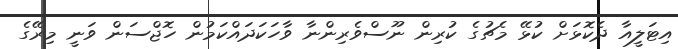
އިޓަލީއާ ދެކޮޅަށް ކުޅޭ މެޗުގެ ކުރިން ނޫސްވެރިންނާ ވާހަކަދައްކަމުން ހޮޖްސަން ވަނީ މިރޭގެ